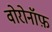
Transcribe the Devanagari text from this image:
वोरोनॉफ़